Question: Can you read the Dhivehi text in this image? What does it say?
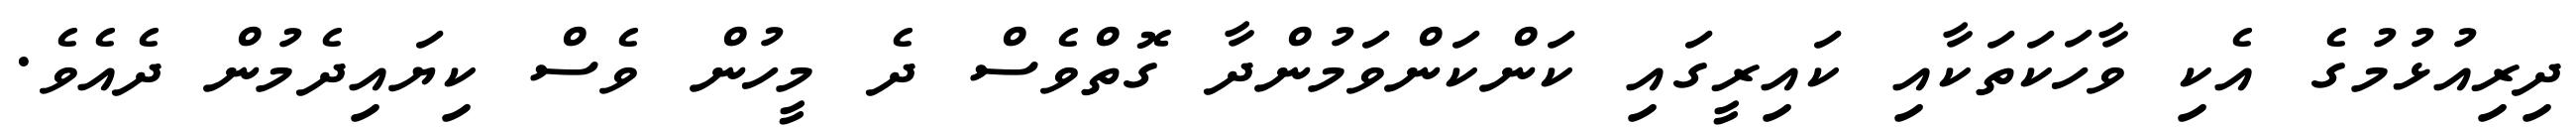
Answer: ދިރިއުޅުމުގެ އެކި ވާހަކަތަކާއި ކައިރީގައި ކަންކަންވަމުންދާ ގޮތްވެސް ދެ މީހުން ވެސް ކިޔައިދެމުން ދެއެވެ.